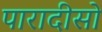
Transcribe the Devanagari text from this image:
पारादीसो